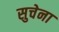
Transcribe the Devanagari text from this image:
सुचेना